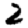
Digit: 2